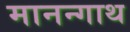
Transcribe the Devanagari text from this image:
मानन्गाथ